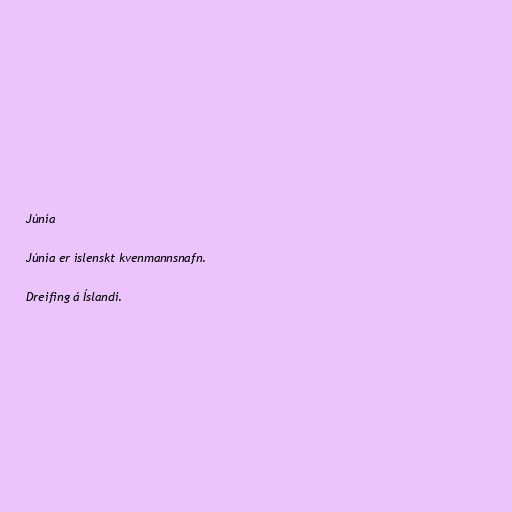
Júnía

Júnía er íslenskt kvenmannsnafn.

Dreifing á Íslandi.